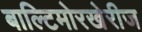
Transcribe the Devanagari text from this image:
बाल्टिमोरखेरीज